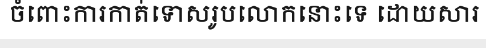
ចំពោះការកាត់ទោសរូបលោកនោះទេ ដោយសារ